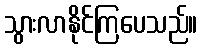
သွားလာနိုင်ကြပေသည်။